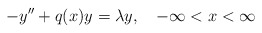
\begin{align*}-y^{\prime\prime}+q(x)y=\lambda y,\quad-\infty<x<\infty\end{align*}